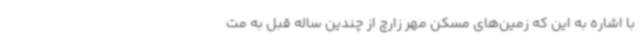
با اشاره به این که زمین‌های مسکن مهر زارچ از چندین ساله قبل به مت